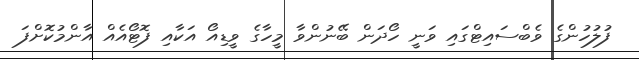
ފުލުހުންގެ ވެބްސައިޓްގައި ވަނީ ހޯދަން ބޭނުންވާ މީހާގެ ވީޑިއޯ އަކާއި ފޮޓޯއެއް އާންމުކޮށްފަ